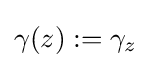
\gamma (z):=\gamma _{z}